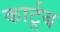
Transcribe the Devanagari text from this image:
कार्टूब